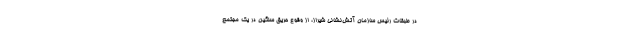
در طبقات رئیس سازمان آتش‌نشانی شیراز، از وقوع حریق سنگین در یک مجتمع